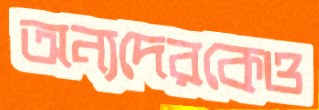
অন্যদেরকেও